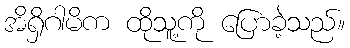
အိရှိဂါမိက ထိုသူ့ကို ပြောခဲ့သည်။